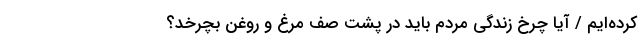
کرده‌ایم / آیا ‌چرخ زندگی‌ مردم ‌باید در پشت صف مرغ و روغن بچرخد؟